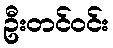
ဦးတင်ဝင်း